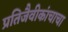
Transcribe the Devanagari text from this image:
प्रतिजैवीकांचाचा